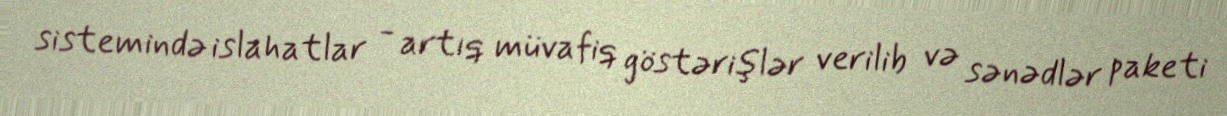
sistemində islahatlar - artıq müvafiq göstərişlər verilib və sənədlər paketi